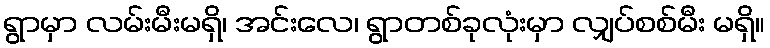
ရွာမှာ လမ်းမီးမရှိ၊ အင်းလေ၊ ရွာတစ်ခုလုံးမှာ လျှပ်စစ်မီး မရှိ။